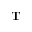
\mathbf { T }